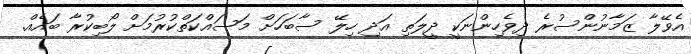
އެވޭލާ ޒަމާނުންސުރެ ދިވެހިންނަކީ ދީލަތި އަދި ހިލޭ ސާބަހަށް މަސައްކަތްކުރުމަށް ލޯބިކުރާ ބައެއް.